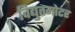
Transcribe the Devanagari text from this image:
विद्युतमोटर